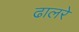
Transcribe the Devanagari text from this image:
ढालरे